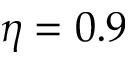
\eta = 0 . 9